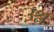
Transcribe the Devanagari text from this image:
उश्न